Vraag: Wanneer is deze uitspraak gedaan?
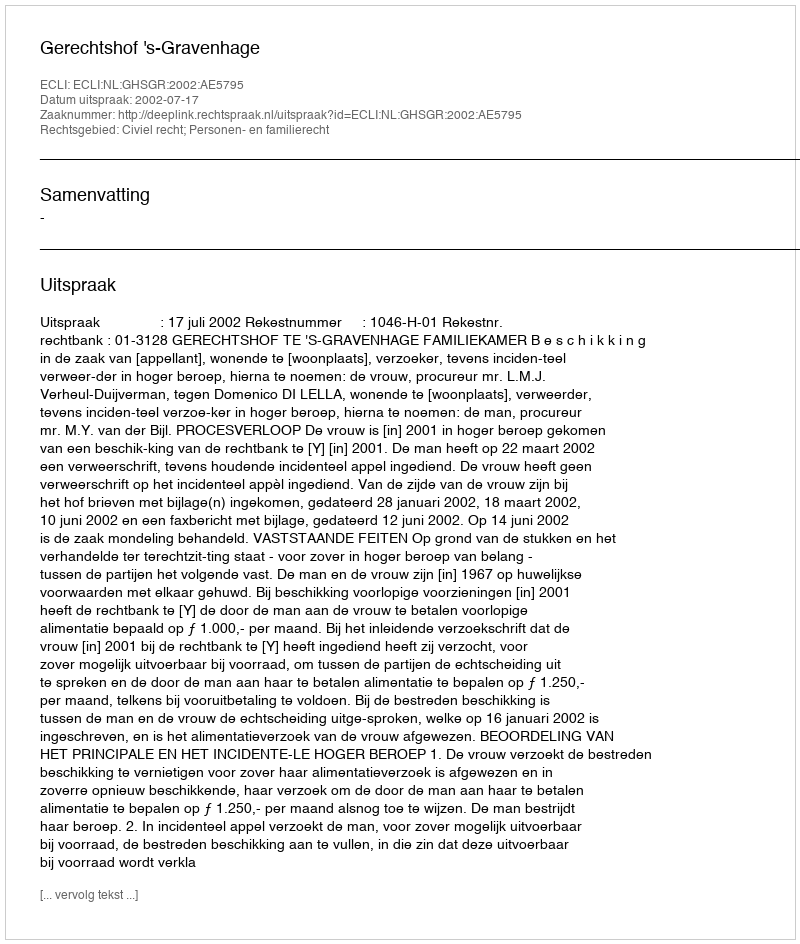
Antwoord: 2002-07-17